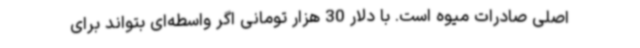
اصلی صادرات میوه است. با دلار 30 هزار تومانی اگر واسطه‌ای بتواند برای